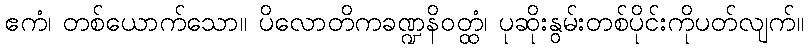
ဧကံ၊ တစ်ယောက်သော။ ပိလောတိကခဏ္ဍနိဝတ္ထံ၊ ပုဆိုးနွမ်းတစ်ပိုင်းကိုပတ်လျက်။